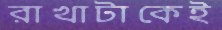
রাখাটাকেই